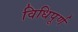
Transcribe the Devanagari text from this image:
विधिपूर्ण